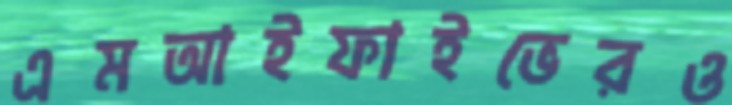
এমআইফাইভেরও